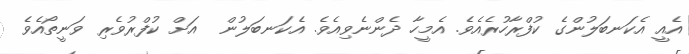
އެއީ އެކަނބަލުންގެ ކުފްރާހުރެއެވެ. އެމީހާ ދެންނެވިއެވެ. އެކަނބަލުން  އަށް ކުފްރުވެރި ވަނީތޯއެވެ